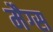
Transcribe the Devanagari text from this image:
मैग्स